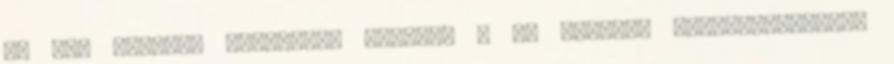
de még gyorsan megosztom veletek a ma reggeli reklámadagomat.